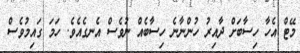
މޭޓް އެހާ ހިސާބަށް ދާއިރު ހުންނާނެ ހިސާބެއް ނުވެސް އެނގެއެވެ. ހަމަ ގައިމުވެސް